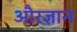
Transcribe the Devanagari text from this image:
औरज्ञान